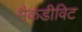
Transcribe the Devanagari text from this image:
मैकडीविट